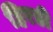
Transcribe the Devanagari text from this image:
हिरडी